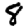
Digit: 8